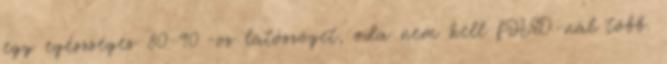
egy egészséges 80-90°-os látószöget, oda nem kell fHD-nál több.